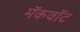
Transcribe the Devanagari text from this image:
मॅकवॉट